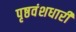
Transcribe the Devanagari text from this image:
पृष्ठवंशधारी